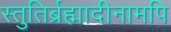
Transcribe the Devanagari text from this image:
स्तुतिर्ब्रह्मादीनामपि